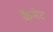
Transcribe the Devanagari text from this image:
कैमेट